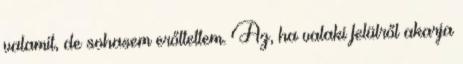
valamit, de sohasem erőltettem. Az, ha valaki felülről akarja